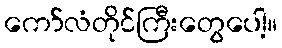
ကော်လံတိုင်ကြီးတွေပေါ့။